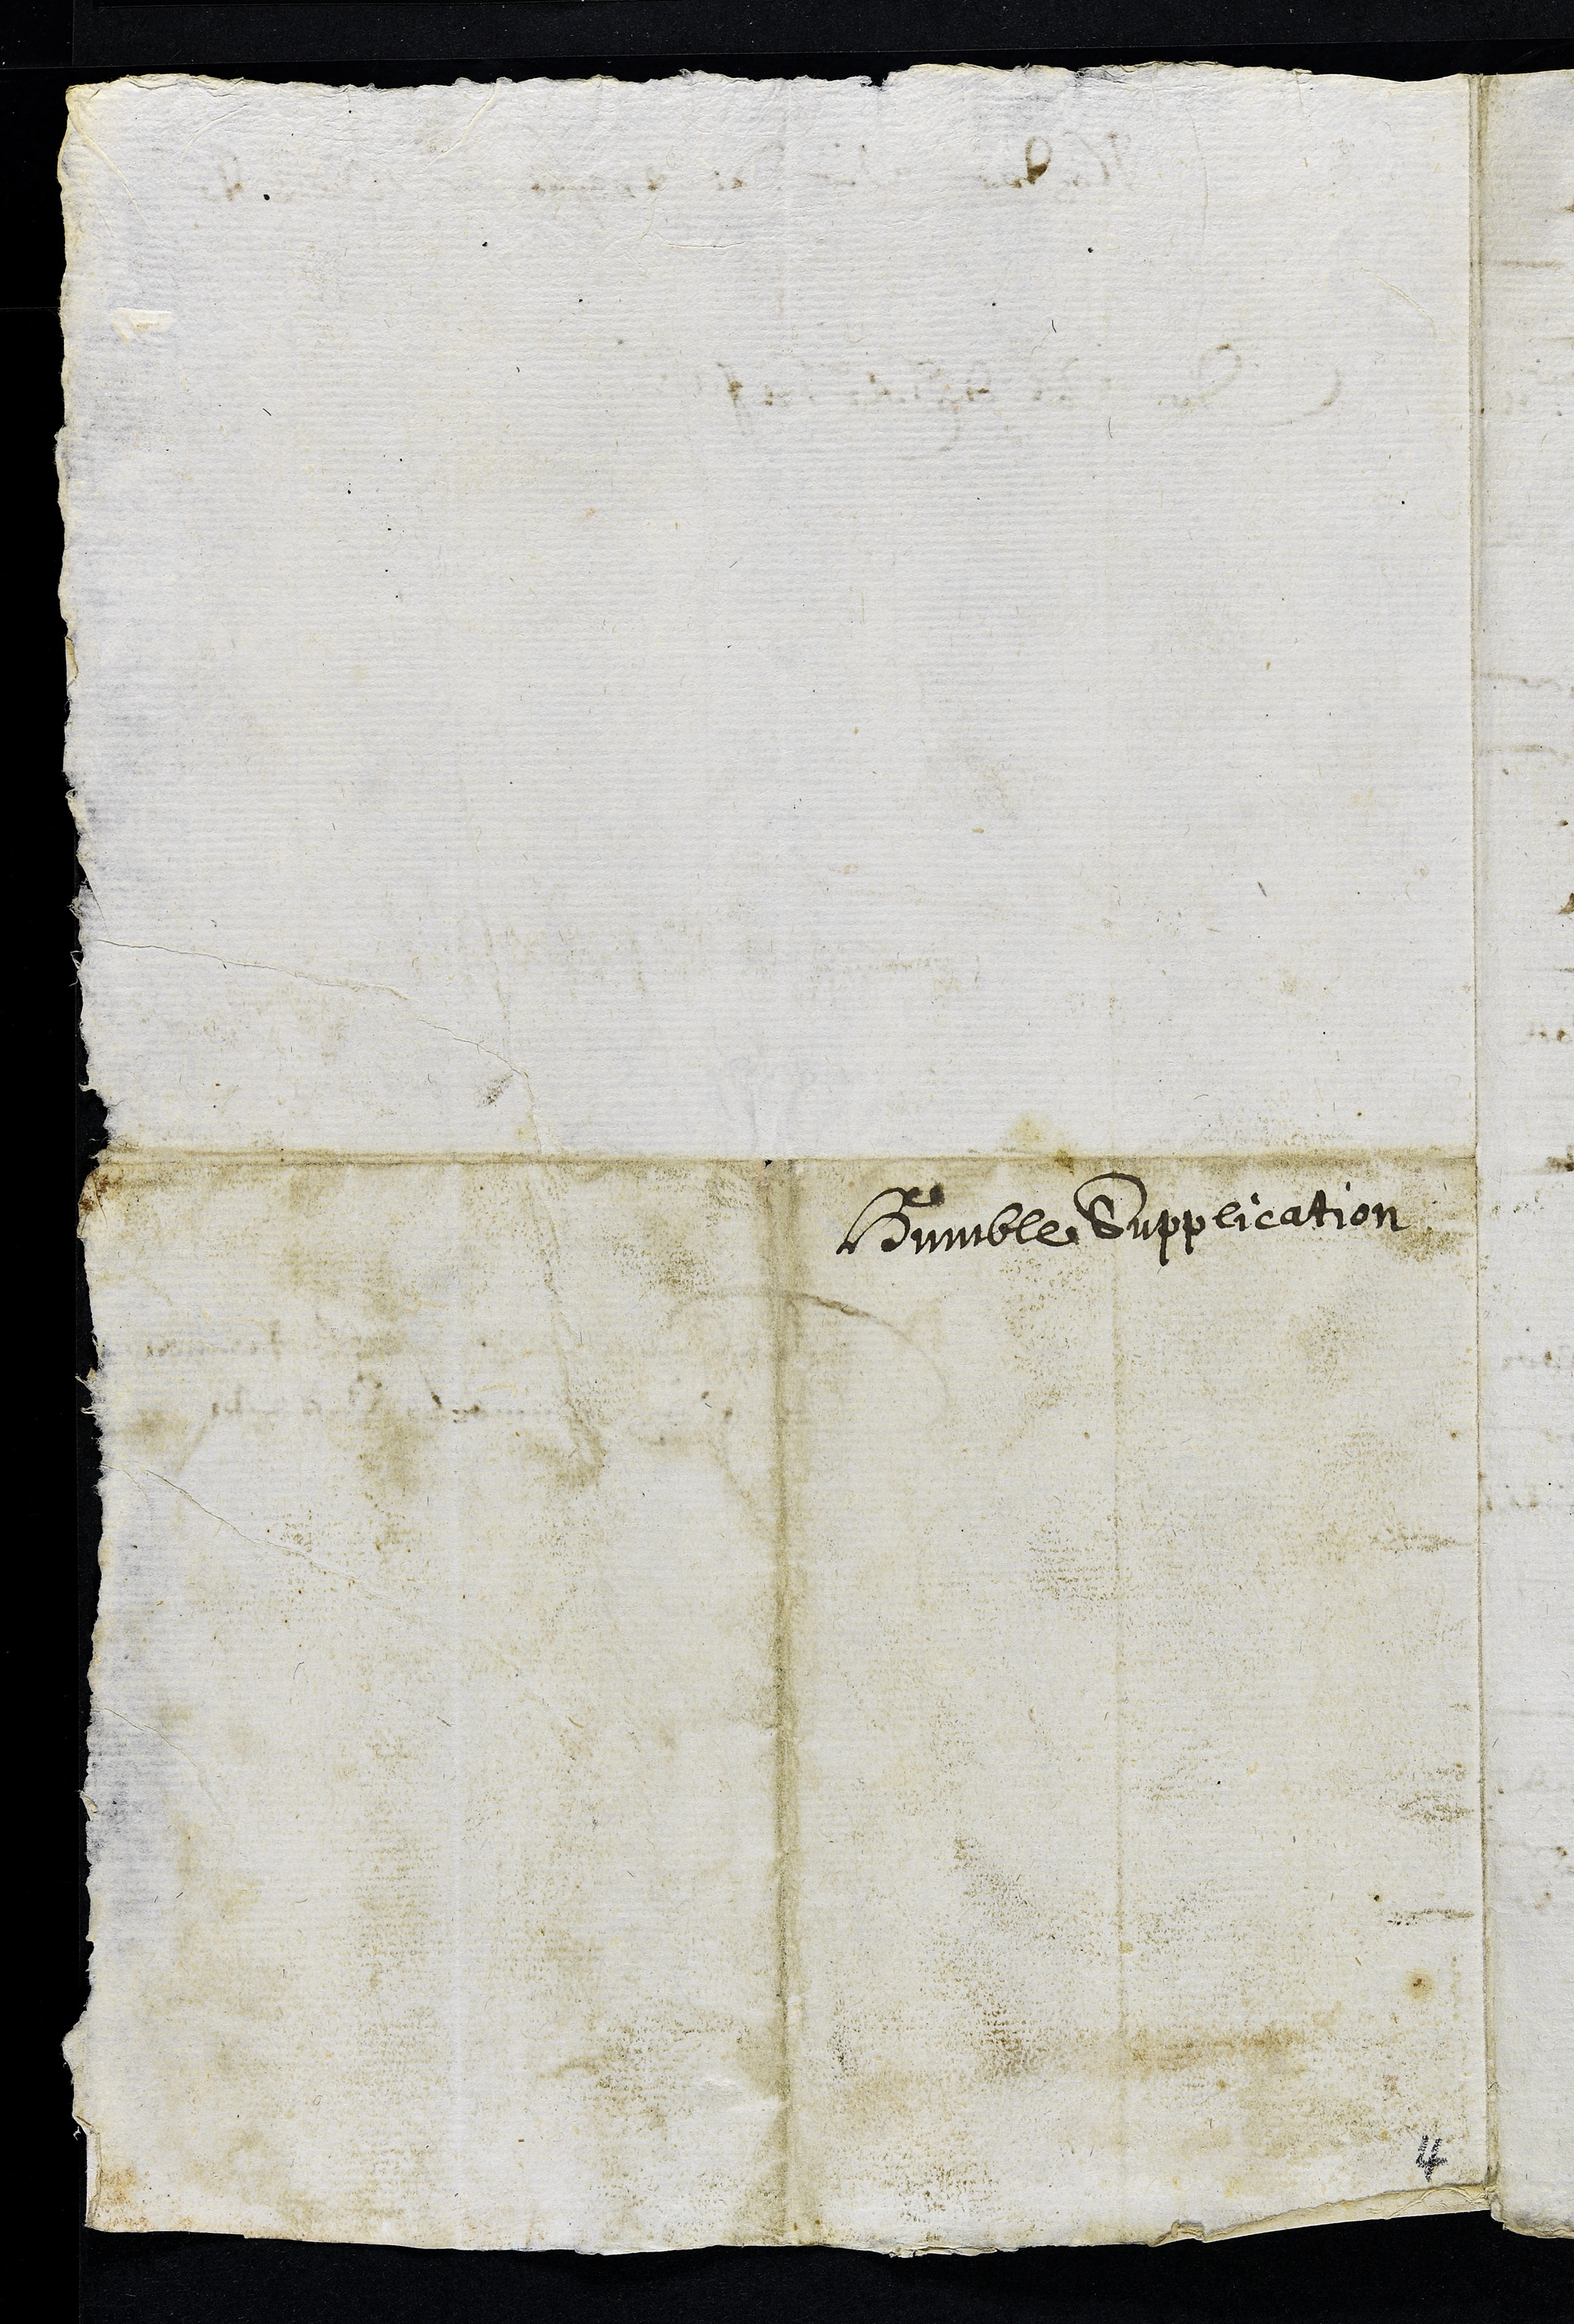
Humble Supplication
4